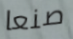
صنعا